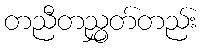
တညီတညွှတ်တည်း